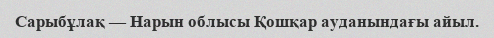
Сарыбұлақ — Нарын облысы Қошқар ауданындағы айыл.